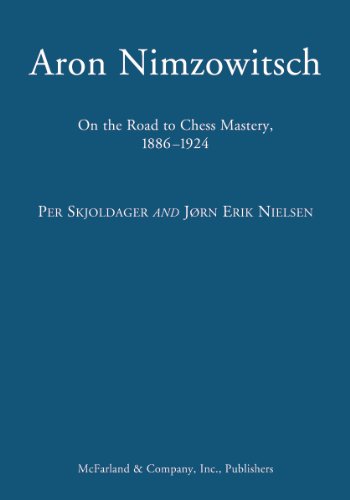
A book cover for Aron Nimzowitsch: On the Road to Chess Mastery, 1886-1924; Per Skjoldager; Biographies & Memoirs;